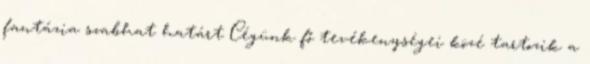
fantázia szabhat határt Cégünk fő tevékenységei közé tartozik a